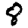
Digit: 8